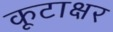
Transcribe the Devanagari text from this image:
कूटाक्षर